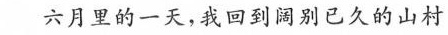
六月里的一天，我回到阔别已久的山村